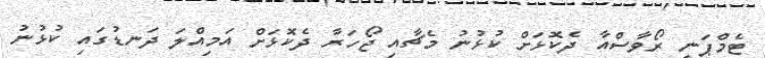
ޓެމްޕަނީ ރޯވާސްއާ ދެކޮޅަށް ކުޅުނު މެޗާއި ޖޯހަރާ ދެކޮޅަށް އަމިއްލަ ދަނޑުގައި ކުޅުނު